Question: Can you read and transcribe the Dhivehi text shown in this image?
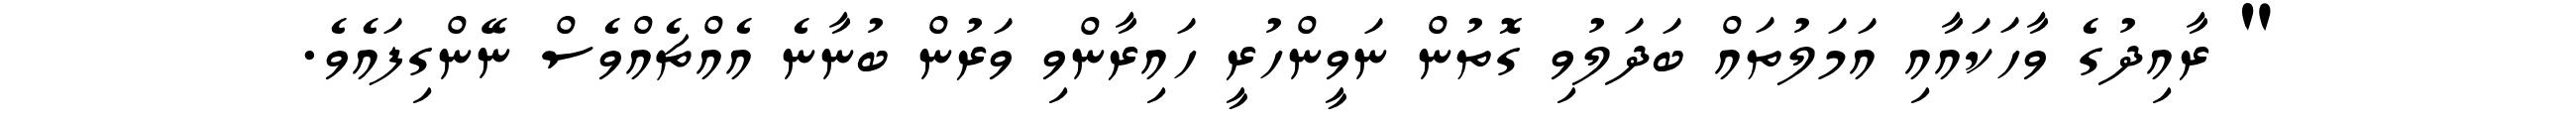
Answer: " ރާއިދުގެ ވާހަކައާއި އަމަލުތައް ބަދަލުވި ގޮތުން ނަވީންހުރީ ހައިރާންވި ވަރުން ބުނާނެ އެއްޗެއްވެސް ނޭންގިފައެވެ.